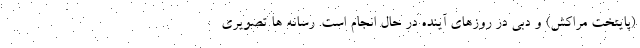
(پایتخت مراکش) و دبی در روزهای آینده در حال انجام است. رسانه ها تصویری